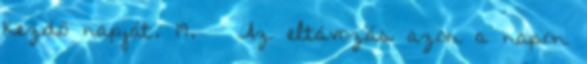
kezdő napját. 19. § Az eltávozás azon a napon